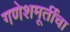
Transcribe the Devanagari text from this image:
गणेशमूर्तींचा